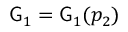
\mathsf { G } _ { 1 } = \mathsf { G } _ { 1 } ( p _ { 2 } )